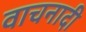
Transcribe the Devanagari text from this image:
वाचनादी